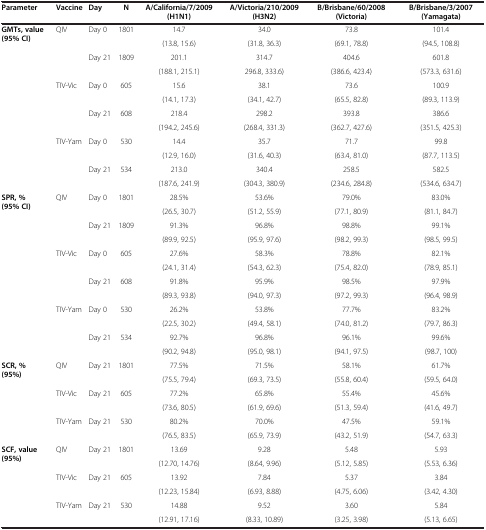
<table><thead><tr><td><b>Parameter</b></td><td><b>Vaccine</b></td><td><b>Day</b></td><td><b>N</b></td><td><b>A/California/7/2009 (H1N1)</b></td><td><b>A/Victoria/210/2009 (H3N2)</b></td><td><b>B/Brisbane/60/2008 (Victoria)</b></td><td><b>B/Brisbane/3/2007 (Yamagata)</b></td></tr></thead><tbody><tr><td rowspan="4"><b>GMTs, value (95% CI)</b></td><td rowspan="2">QIV</td><td rowspan="2">Day 0</td><td rowspan="2">1801</td><td>14.7</td><td>34.0</td><td>73.8</td><td>101.4</td></tr><tr><td>(13.8, 15.6)</td><td>(31.8, 36.3)</td><td>(69.1, 78.8)</td><td>(94.5, 108.8)</td></tr><tr><td rowspan="2"> </td><td rowspan="2">Day 21</td><td rowspan="2">1809</td><td>201.1</td><td>314.7</td><td>404.6</td><td>601.8</td></tr><tr><td>(188.1, 215.1)</td><td>296.8, 333.6)</td><td>(386.6, 423.4)</td><td>(573.3, 631.6)</td></tr><tr><td rowspan="2"> </td><td rowspan="2">TIV-Vic</td><td rowspan="2">Day 0</td><td rowspan="2">605</td><td>15.6</td><td>38.1</td><td>73.6</td><td>100.9</td></tr><tr><td>(14.1, 17.3)</td><td>(34.1, 42.7)</td><td>(65.5, 82.8)</td><td>(89.3, 113.9)</td></tr><tr><td rowspan="2"> </td><td rowspan="2"> </td><td rowspan="2">Day 21</td><td rowspan="2">608</td><td>218.4</td><td>298.2</td><td>393.8</td><td>386.6</td></tr><tr><td>(194.2, 245.6)</td><td>(268.4, 331.3)</td><td>(362.7, 427.6)</td><td>(351.5, 425.3)</td></tr><tr><td rowspan="2"> </td><td rowspan="2">TIV-Yam</td><td rowspan="2">Day 0</td><td rowspan="2">530</td><td>14.4</td><td>35.7</td><td>71.7</td><td>99.8</td></tr><tr><td>(12.9, 16.0)</td><td>(31.6, 40.3)</td><td>(63.4, 81.0)</td><td>(87.7, 113.5)</td></tr><tr><td rowspan="2"> </td><td rowspan="2"> </td><td rowspan="2">Day 21</td><td rowspan="2">534</td><td>213.0</td><td>340.4</td><td>258.5</td><td>582.5</td></tr><tr><td>(187.6, 241.9)</td><td>(304.3, 380.9)</td><td>(234.6, 284.8)</td><td>(534.6, 634.7)</td></tr><tr><td rowspan="4"><b>SPR, % (95% CI)</b></td><td rowspan="2">QIV</td><td rowspan="2">Day 0</td><td rowspan="2">1801</td><td>28.5%</td><td>53.6%</td><td>79.0%</td><td>83.0%</td></tr><tr><td>(26.5, 30.7)</td><td>(51.2, 55.9)</td><td>(77.1, 80.9)</td><td>(81.1, 84.7)</td></tr><tr><td rowspan="2"> </td><td rowspan="2">Day 21</td><td rowspan="2">1809</td><td>91.3%</td><td>96.8%</td><td>98.8%</td><td>99.1%</td></tr><tr><td>(89.9, 92.5)</td><td>(95.9, 97.6)</td><td>(98.2, 99.3)</td><td>(98.5, 99.5)</td></tr><tr><td rowspan="2"> </td><td rowspan="2">TIV-Vic</td><td rowspan="2">Day 0</td><td rowspan="2">605</td><td>27.6%</td><td>58.3%</td><td>78.8%</td><td>82.1%</td></tr><tr><td>(24.1, 31.4)</td><td>(54.3, 62.3)</td><td>(75.4, 82.0)</td><td>(78.9, 85.1)</td></tr><tr><td rowspan="2"> </td><td rowspan="2"> </td><td rowspan="2">Day 21</td><td rowspan="2">608</td><td>91.8%</td><td>95.9%</td><td>98.5%</td><td>97.9%</td></tr><tr><td>(89.3, 93.8)</td><td>(94.0, 97.3)</td><td>(97.2, 99.3)</td><td>(96.4, 98.9)</td></tr><tr><td rowspan="2"> </td><td rowspan="2">TIV-Yam</td><td rowspan="2">Day 0</td><td rowspan="2">530</td><td>26.2%</td><td>53.8%</td><td>77.7%</td><td>83.2%</td></tr><tr><td>(22.5, 30.2)</td><td>(49.4, 58.1)</td><td>(74.0, 81.2)</td><td>(79.7, 86.3)</td></tr><tr><td rowspan="2"> </td><td rowspan="2"> </td><td rowspan="2">Day 21</td><td rowspan="2">534</td><td>92.7%</td><td>96.8%</td><td>96.1%</td><td>99.6%</td></tr><tr><td>(90.2, 94.8)</td><td>(95.0, 98.1)</td><td>(94.1, 97.5)</td><td>(98.7, 100)</td></tr><tr><td rowspan="2"><b>SCR, % (95%)</b></td><td rowspan="2">QIV</td><td rowspan="2">Day 21</td><td rowspan="2">1801</td><td>77.5%</td><td>71.5%</td><td>58.1%</td><td>61.7%</td></tr><tr><td>(75.5, 79.4)</td><td>(69.3, 73.5)</td><td>(55.8, 60.4)</td><td>(59.5, 64.0)</td></tr><tr><td rowspan="2"> </td><td rowspan="2">TIV-Vic</td><td rowspan="2">Day 21</td><td rowspan="2">605</td><td>77.2%</td><td>65.8%</td><td>55.4%</td><td>45.6%</td></tr><tr><td>(73.6, 80.5)</td><td>(61.9, 69.6)</td><td>(51.3, 59.4)</td><td>(41.6, 49.7)</td></tr><tr><td rowspan="2"> </td><td rowspan="2">TIV-Yam</td><td rowspan="2">Day 21</td><td rowspan="2">530</td><td>80.2%</td><td>70.0%</td><td>47.5%</td><td>59.1%</td></tr><tr><td>(76.5, 83.5)</td><td>(65.9, 73.9)</td><td>(43.2, 51.9)</td><td>(54.7, 63.3)</td></tr><tr><td rowspan="4"><b>SCF, value (95%)</b></td><td rowspan="2">QIV</td><td rowspan="2">Day 21</td><td rowspan="2">1801</td><td>13.69</td><td>9.28</td><td>5.48</td><td>5.93</td></tr><tr><td>(12.70, 14.76)</td><td>(8.64, 9.96)</td><td>(5.12, 5.85)</td><td>(5.53, 6.36)</td></tr><tr><td rowspan="2">TIV-Vic</td><td rowspan="2">Day 21</td><td rowspan="2">605</td><td>13.92</td><td>7.84</td><td>5.37</td><td>3.84</td></tr><tr><td>(12.23, 15.84)</td><td>(6.93, 8.88)</td><td>(4.75, 6.06)</td><td>(3.42, 4.30)</td></tr><tr><td> </td><td>TIV-Yam</td><td>Day 21</td><td>530</td><td>14.88</td><td>9.52</td><td>3.60</td><td>5.84</td></tr><tr><td> </td><td> </td><td> </td><td> </td><td>(12.91, 17.16)</td><td>(8.33, 10.89)</td><td>(3.25, 3.98)</td><td>(5.13, 6.65)</td></tr></tbody></table>